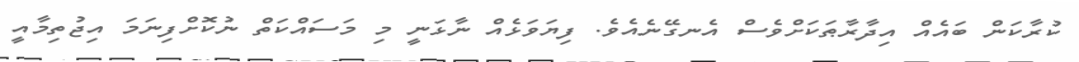
ކުރާކަން ބައެއް އިދާރާޠަކަށްވެސް އެނގޭނެއެވެ. ފިޔަވަޅެއް ނާޅަނީ މި މަސައްކަތް ނުކޮށްފިނަމަ އިޖުތިމާއީ